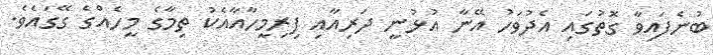
ބުނެފައިވާ ގޮތުގައި އެދުވަހު އޭނާ އުޅުނީ ދަރިއާއި ފިރިމީހާއާއެކު ތިމާގެ މީހެއްގެ ގޭގައެވެ.